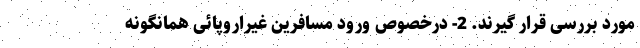
مورد بررسی قرار گیرند. 2- درخصوص ورود مسافرین غیراروپائی همانگونه